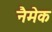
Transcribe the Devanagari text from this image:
नैमेक